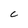
Character: C